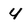
Character: 4